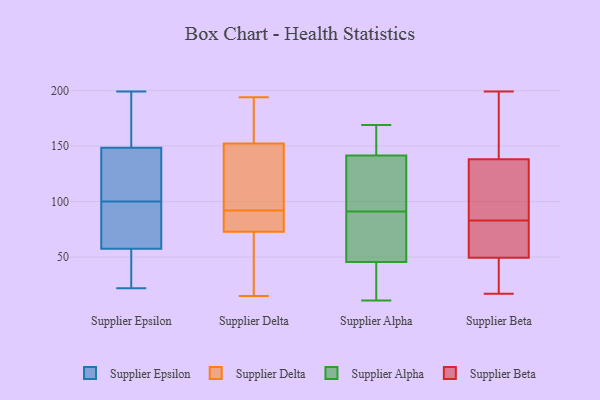
{"axis": {"x": "LTV (USD)", "y": "Value"}, "legend": ["Supplier Alpha", "Supplier Beta", "Supplier Delta", "Supplier Epsilon"], "data": [{"x": "", "y": 75, "type": "Supplier Epsilon"}, {"x": "", "y": 49, "type": "Supplier Epsilon"}, {"x": "", "y": 129, "type": "Supplier Epsilon"}, {"x": "", "y": 66, "type": "Supplier Epsilon"}, {"x": "", "y": 26, "type": "Supplier Epsilon"}, {"x": "", "y": 69, "type": "Supplier Epsilon"}, {"x": "", "y": 188, "type": "Supplier Epsilon"}, {"x": "", "y": 147, "type": "Supplier Epsilon"}, {"x": "", "y": 199, "type": "Supplier Epsilon"}, {"x": "", "y": 33, "type": "Supplier Epsilon"}, {"x": "", "y": 169, "type": "Supplier Epsilon"}, {"x": "", "y": 27, "type": "Supplier Epsilon"}, {"x": "", "y": 150, "type": "Supplier Epsilon"}, {"x": "", "y": 171, "type": "Supplier Epsilon"}, {"x": "", "y": 22, "type": "Supplier Epsilon"}, {"x": "", "y": 143, "type": "Supplier Epsilon"}, {"x": "", "y": 79, "type": "Supplier Epsilon"}, {"x": "", "y": 113, "type": "Supplier Epsilon"}, {"x": "", "y": 143, "type": "Supplier Epsilon"}, {"x": "", "y": 87, "type": "Supplier Epsilon"}, {"x": "", "y": 193, "type": "Supplier Delta"}, {"x": "", "y": 105, "type": "Supplier Delta"}, {"x": "", "y": 76, "type": "Supplier Delta"}, {"x": "", "y": 78, "type": "Supplier Delta"}, {"x": "", "y": 194, "type": "Supplier Delta"}, {"x": "", "y": 73, "type": "Supplier Delta"}, {"x": "", "y": 184, "type": "Supplier Delta"}, {"x": "", "y": 107, "type": "Supplier Delta"}, {"x": "", "y": 118, "type": "Supplier Delta"}, {"x": "", "y": 162, "type": "Supplier Delta"}, {"x": "", "y": 65, "type": "Supplier Delta"}, {"x": "", "y": 15, "type": "Supplier Delta"}, {"x": "", "y": 149, "type": "Supplier Delta"}, {"x": "", "y": 37, "type": "Supplier Delta"}, {"x": "", "y": 89, "type": "Supplier Delta"}, {"x": "", "y": 92, "type": "Supplier Delta"}, {"x": "", "y": 72, "type": "Supplier Delta"}, {"x": "", "y": 35, "type": "Supplier Alpha"}, {"x": "", "y": 14, "type": "Supplier Alpha"}, {"x": "", "y": 72, "type": "Supplier Alpha"}, {"x": "", "y": 128, "type": "Supplier Alpha"}, {"x": "", "y": 65, "type": "Supplier Alpha"}, {"x": "", "y": 11, "type": "Supplier Alpha"}, {"x": "", "y": 76, "type": "Supplier Alpha"}, {"x": "", "y": 149, "type": "Supplier Alpha"}, {"x": "", "y": 115, "type": "Supplier Alpha"}, {"x": "", "y": 139, "type": "Supplier Alpha"}, {"x": "", "y": 49, "type": "Supplier Alpha"}, {"x": "", "y": 23, "type": "Supplier Alpha"}, {"x": "", "y": 164, "type": "Supplier Alpha"}, {"x": "", "y": 169, "type": "Supplier Alpha"}, {"x": "", "y": 151, "type": "Supplier Alpha"}, {"x": "", "y": 119, "type": "Supplier Alpha"}, {"x": "", "y": 91, "type": "Supplier Alpha"}, {"x": "", "y": 32, "type": "Supplier Beta"}, {"x": "", "y": 199, "type": "Supplier Beta"}, {"x": "", "y": 67, "type": "Supplier Beta"}, {"x": "", "y": 77, "type": "Supplier Beta"}, {"x": "", "y": 70, "type": "Supplier Beta"}, {"x": "", "y": 17, "type": "Supplier Beta"}, {"x": "", "y": 172, "type": "Supplier Beta"}, {"x": "", "y": 104, "type": "Supplier Beta"}, {"x": "", "y": 198, "type": "Supplier Beta"}, {"x": "", "y": 24, "type": "Supplier Beta"}, {"x": "", "y": 89, "type": "Supplier Beta"}, {"x": "", "y": 95, "type": "Supplier Beta"}]}